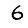
Digit: 6